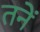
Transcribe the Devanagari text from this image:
तनें